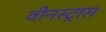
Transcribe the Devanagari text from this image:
वीनस्ट्रास